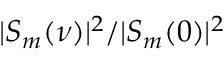
| S _ { m } ( \nu ) | ^ { 2 } / | S _ { m } ( 0 ) | ^ { 2 }